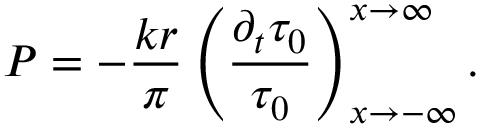
P = - \frac { k r } { \pi } \left( \frac { \partial _ { t } \tau _ { 0 } } { \tau _ { 0 } } \right) _ { x \rightarrow - \infty } ^ { x \rightarrow \infty } .